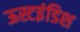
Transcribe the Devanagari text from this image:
ऊस्टइंडिश